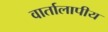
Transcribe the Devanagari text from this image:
वार्तालापीय